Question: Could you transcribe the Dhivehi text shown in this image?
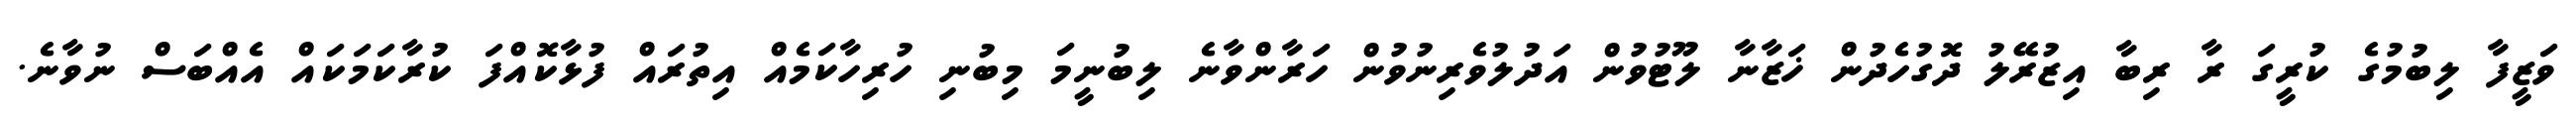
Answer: ވަޒީފާ ލިބުމުގެ ކުރީގަ ރާ ރިބާ އިޒުރޭލު ދޮގުހެދުން ޚަޒާނާ ލޫޓުވުން އަދުލުވެރިނުވުން ހަރާންވާނެ ލިބުނީމަ މިބުނި ހުރިހާކަމެއް އިތުރައް ފުޅާކޮއްފަ ކުރާކަމަކައް އެއްބަސް ނުވާނެ.